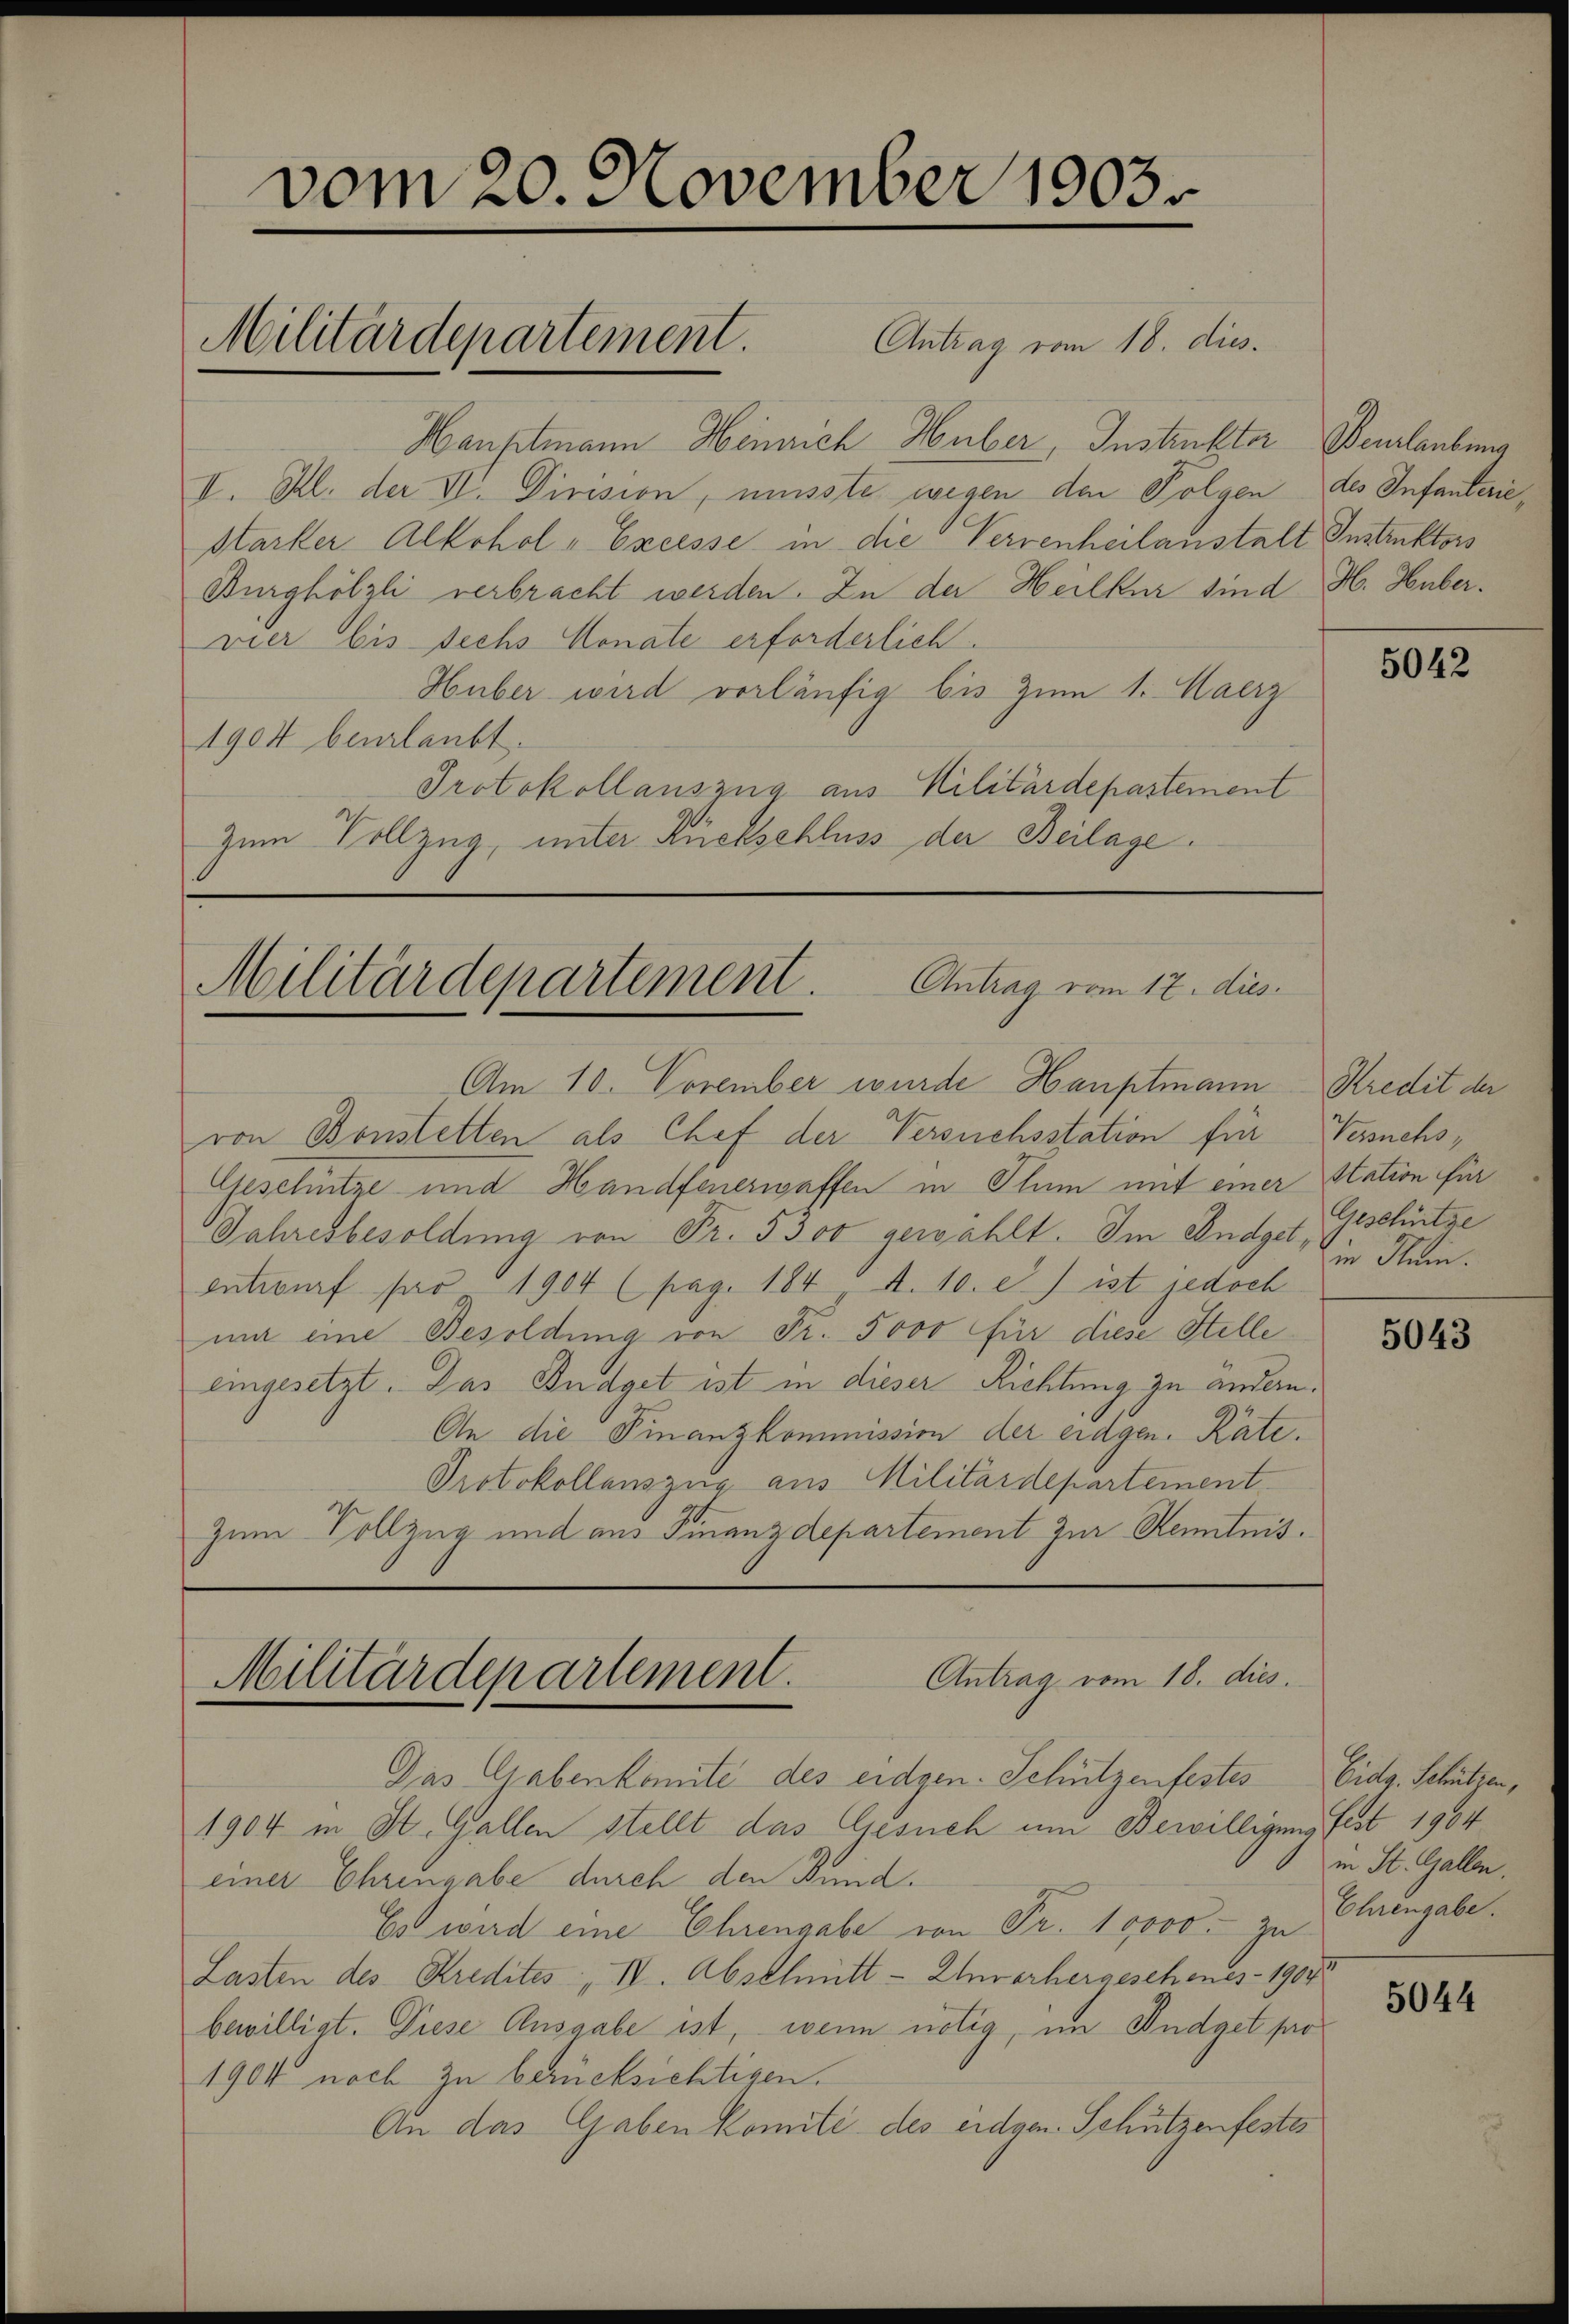
vom 20. November 1903
Militärdepartement. Antrag vom 18. die.

Hauptmann Heinrich Huber, Instruktor Beurlaubung
II. Kl. der VI. Division, müsste wegen den Folgen des Infanterie¬
Starker Alkohol - Excesse in die Verrenheilanstalt Instruktors
Burghölzli verbracht werden. In der Heilkur sind H. Hubervier bis sechs Monate erforderlich.
Huber wird vorläufig bis zum 1. Maerz
1904 beurlaubt.
Protokollauszug aus Militärdepartement
Zum Vollzug, unter Rückschluss der Beilage

Am 10. November wurde Hauptmann Kredit der
von Bonstetten als Chef der Versuchsstation für Versuchs,
Geschütze und Handfenerwaffen in Pluum mit einer Station für
Jahresbesoldung von Fr. 5300 gewählt. Im endget, Geschütze
entwurf für 1904 (pag. 184. A. 10. e) ist jedoch
mm eine Besoldung von Fr. 5000 für diese Stelle
eingesetzt. Das Budget ist in dieser Richtung zu andern.
An die Finanzkommission der eidgen. Räte.
Protokollauszug aus Militärdepartement
Zum Vollzug und aus Finanzdepartement zur Kenntnis.

Militärdepartement. Antrag vom 12. dies

Antrag vom 18. dies
Militärdepartement.
Das Gabenkomite des eidgen. Schützenfestes Eidg. Schützen,

1904 in St. Gallen stellt das Gesuch um Bewilligung fest 1904
einer Ehringabe durch den Bund.
Es wird eine Ehrengabe von Fr. 10000. zu Ehrengabe.
Lasten des Kredites IV. Abschmitt- Unvorhergeschenes - 1904
bewilligt. Diese Ausgabe ist, wenn nötig, im Indget pro¬
1904 noch zu berücksichtigen.
An das Gaben komité des eidgen. Schützenfester

5042

in Klein.

5043

in St. Gallen.

5044